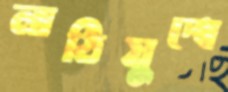
লাঠিযুদ্ধে